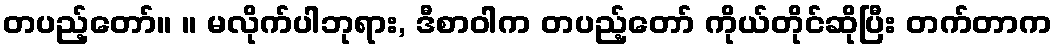
တပည့်တော်။ ။ မလိုက်ပါဘုရား, ဒီစာဝါက တပည့်တော် ကိုယ်တိုင်ဆိုပြီး တက်တာက